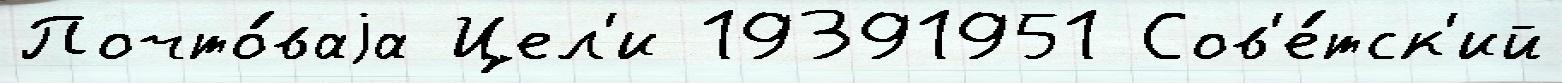
Почто́ваjа Цел'и 19391951 Сов'е́тск'ий